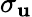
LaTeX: \sigma_{\mathbf{u}}